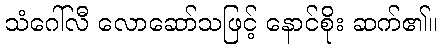
သံဂေါ်လီ လောဆော်သဖြင့် နောင်စိုး ဆက်၏။